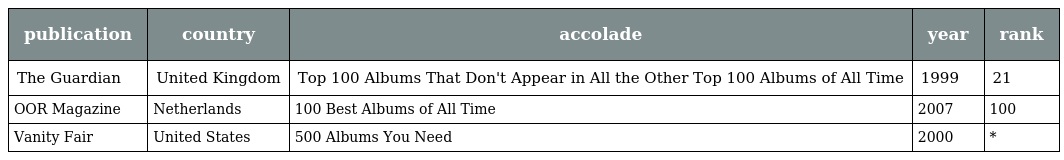
| publication | country | accolade | year | rank |
 | --- | --- | --- | --- | --- |
 | The Guardian | United Kingdom | Top 100 Albums That Don't Appear in All the Other Top 100 Albums of All Time | 1999 | 21 |
 | OOR Magazine | Netherlands | 100 Best Albums of All Time | 2007 | 100 |
 | Vanity Fair | United States | 500 Albums You Need | 2000 | * |